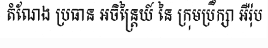
តំណែង ប្រធាន អចិន្ត្រៃយ៍ នៃ ក្រុមប្រឹក្សា អឺរ៉ុប